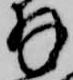
拝